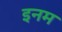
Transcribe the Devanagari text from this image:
इनम